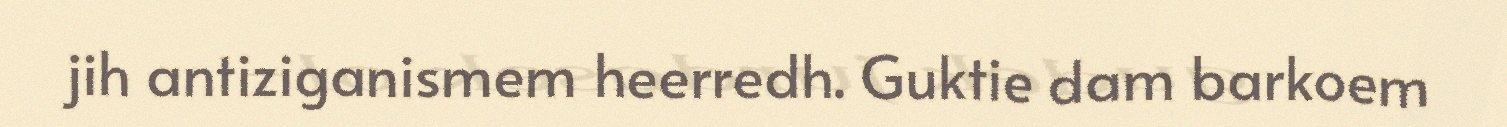
jih antiziganismem heerredh. Guktie dam barkoem